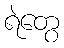
ရဲတွေ